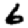
Digit: 6